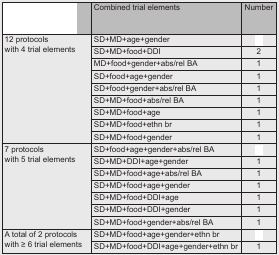
<table><thead><tr><td>[EMPTY_CELL]</td><td><b>Combined trial elements</b></td><td><b>Number</b></td></tr></thead><tbody><tr><td rowspan="9">12 protocols with 4 trial elements</td><td>SD+MD+age+gender</td><td>[EMPTY_CELL]</td></tr><tr><td>SD+MD+food+DDI</td><td>2</td></tr><tr><td>MD+food+gender+abs/rel BA</td><td>1</td></tr><tr><td>SD+food+age+gender</td><td>1</td></tr><tr><td>SD+food+gender+abs/rel BA</td><td>1</td></tr><tr><td>SD+MD+food+abs/rel BA</td><td>1</td></tr><tr><td>SD+MD+food+age</td><td>1</td></tr><tr><td>SD+MD+food+ethn br</td><td>1</td></tr><tr><td>SD+MD+food+gender</td><td>1</td></tr><tr><td rowspan="7">7 protocols with 5 trial elements</td><td>SD+food+age+gender+abs/rel BA</td><td>[EMPTY_CELL]</td></tr><tr><td>SD+MD+DDI+age+gender</td><td>1</td></tr><tr><td>SD+MD+food+age+abs/rel BA</td><td>1</td></tr><tr><td>SD+MD+food+age+gender</td><td>1</td></tr><tr><td>SD+MD+food+DDI+age</td><td>1</td></tr><tr><td>SD+MD+food+DDI+gender</td><td>1</td></tr><tr><td>SD+MD+food+gender+abs/rel BA</td><td>1</td></tr><tr><td rowspan="2">A total of 2 protocols with ≥ 6 trial elements</td><td>SD+MD+food+age+gender+ethn br</td><td>[EMPTY_CELL]</td></tr><tr><td>SD+MD+food+DDI+age+gender+ethn br</td><td>1</td></tr></tbody></table>